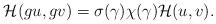
LaTeX: \begin{align*}\mathcal{H}(g u,g v)=\sigma(\gamma)\chi(\gamma)\mathcal{H}(u,v).\end{align*}